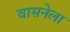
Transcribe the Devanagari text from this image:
वासनेला